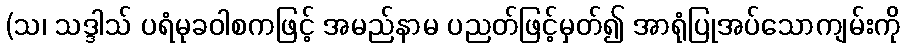
(သ၊ သဒ္ဒါသ် ပရံမုခဝါစကဖြင့် အမည်နာမ ပညတ်ဖြင့်မှတ်၍ အာရုံပြုအပ်သောကျမ်းကို